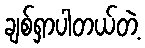
ချစ်ရှာပါတယ်တဲ့